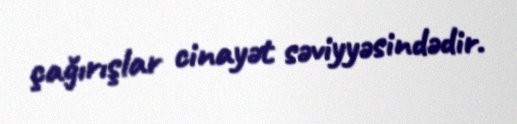
çağırışlar cinayət səviyyəsindədir.